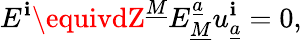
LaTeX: E^{\mathbf{i}}\equivdZ^{\underline{{{{M}}}}}E_{\underline{{{{M}}}}}^{\underline{{{{a}}}}}u_{\underline{{{{a}}}}}^{\mathbf{i}}=0,